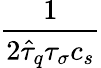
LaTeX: \frac{1}{2\hat{\tau}_{q}\tau_{\sigma}c_{s}}